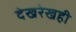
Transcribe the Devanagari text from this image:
देखरेखही